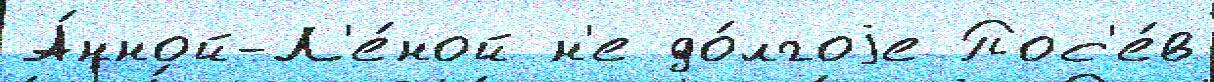
А́нной-Л'е́ной н'е до́лгоjе Пос'е́в